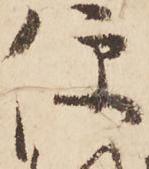
便